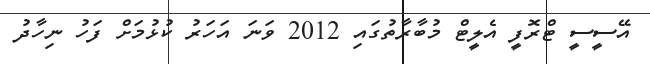
އޭސީސީ ޓްރޮފީ އެލީޓް މުބާރާތުގައި 2012 ވަނަ އަހަރު ކުޅުމަށް ފަހު ނިހާދު